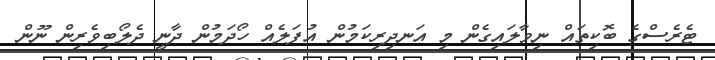
ޓެރެސްގެ ބޮކިތައް ނިވާލައިގެން މި އަނދިރިކަމުން އުފަލެއް ހޯދަމުން ދާނީ ދެލޯބިވެރިން ނޫން